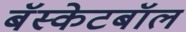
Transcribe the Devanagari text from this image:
बॅस्केटबॉल